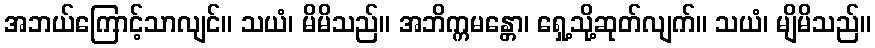
အဘယ်ကြောင့်သာလျင်။ သယံ၊ မိမိသည်။ အဘိက္ကမန္တော၊ ရှေ့သို့ဆုတ်လျက်။ သယံ၊ မျိမိသည်။